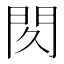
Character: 𰿙